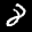
Label: 8